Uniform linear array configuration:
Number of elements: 8
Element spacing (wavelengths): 0.25
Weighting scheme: binomial
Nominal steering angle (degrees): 30
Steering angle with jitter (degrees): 28.215
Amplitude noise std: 0.05
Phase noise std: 0.05

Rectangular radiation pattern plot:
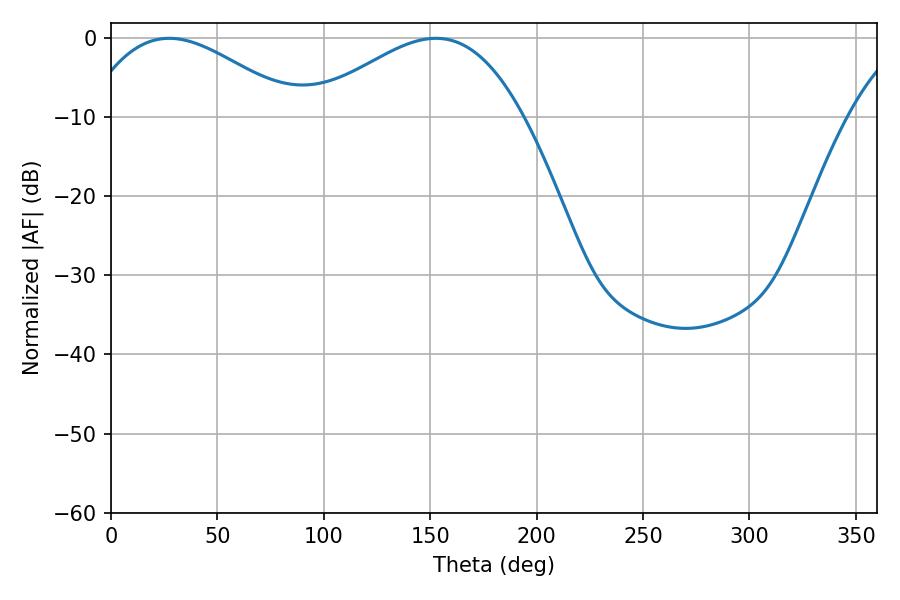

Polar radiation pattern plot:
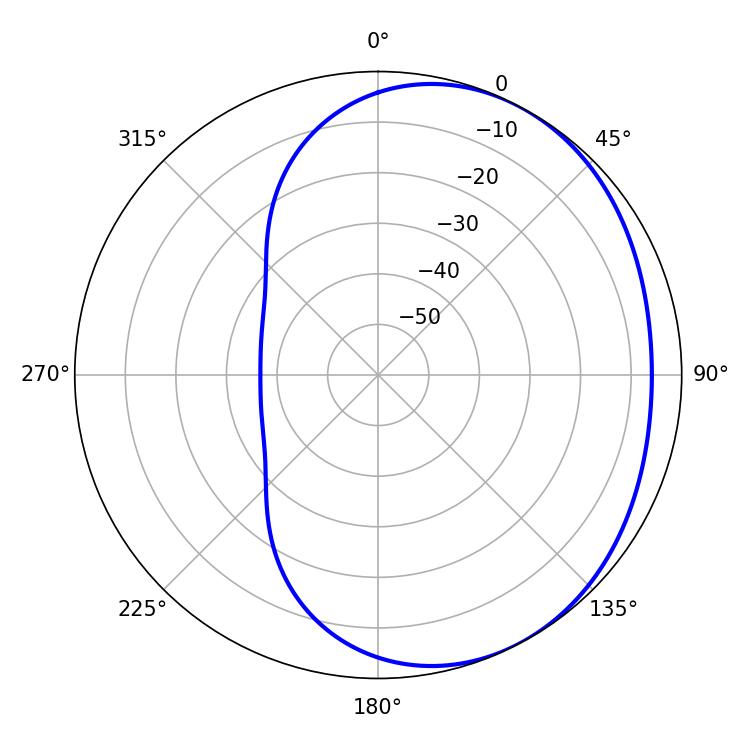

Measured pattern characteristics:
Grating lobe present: FALSE
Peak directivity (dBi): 2.706
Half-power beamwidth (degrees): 54.18
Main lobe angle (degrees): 27.36